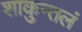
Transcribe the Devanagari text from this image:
शाकुन्तलं